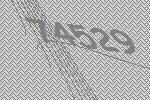
74529